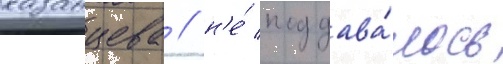
казанцева / н'е́ поддава́лось